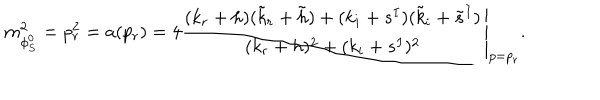
m _ { \phi _ { S } ^ { 0 } } ^ { 2 } = p _ { r } ^ { 2 } = a ( p _ { r } ) = 4 \left. \frac { ( k _ { r } + h ) ( \tilde { k } _ { r } + \tilde { h } ) + ( k _ { i } + s ^ { I } ) ( \tilde { k } _ { i } + \tilde { s } ^ { I } ) } { ( k _ { r } + h ) ^ { 2 } + ( k _ { i } + s ^ { I } ) ^ { 2 } } \right| _ { p = p _ { r } } .